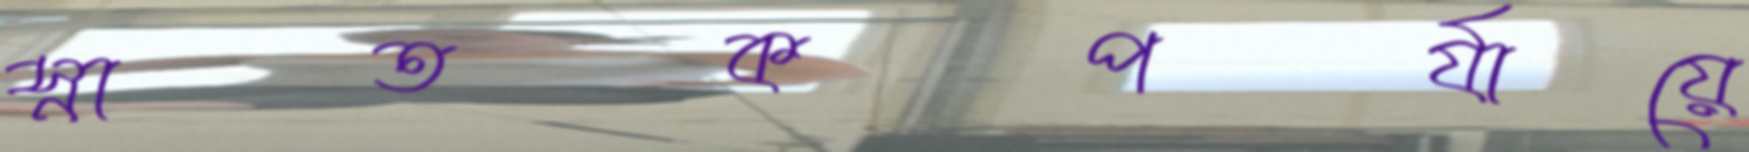
স্নাতকপর্যায়ে